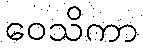
ဝေသိကာ